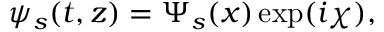
\psi _ { s } ( t , z ) = \Psi _ { s } ( x ) \exp ( i \chi ) ,